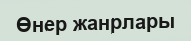
Өнер жанрлары